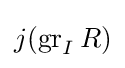
j(\operatorname {gr} _{I}R)